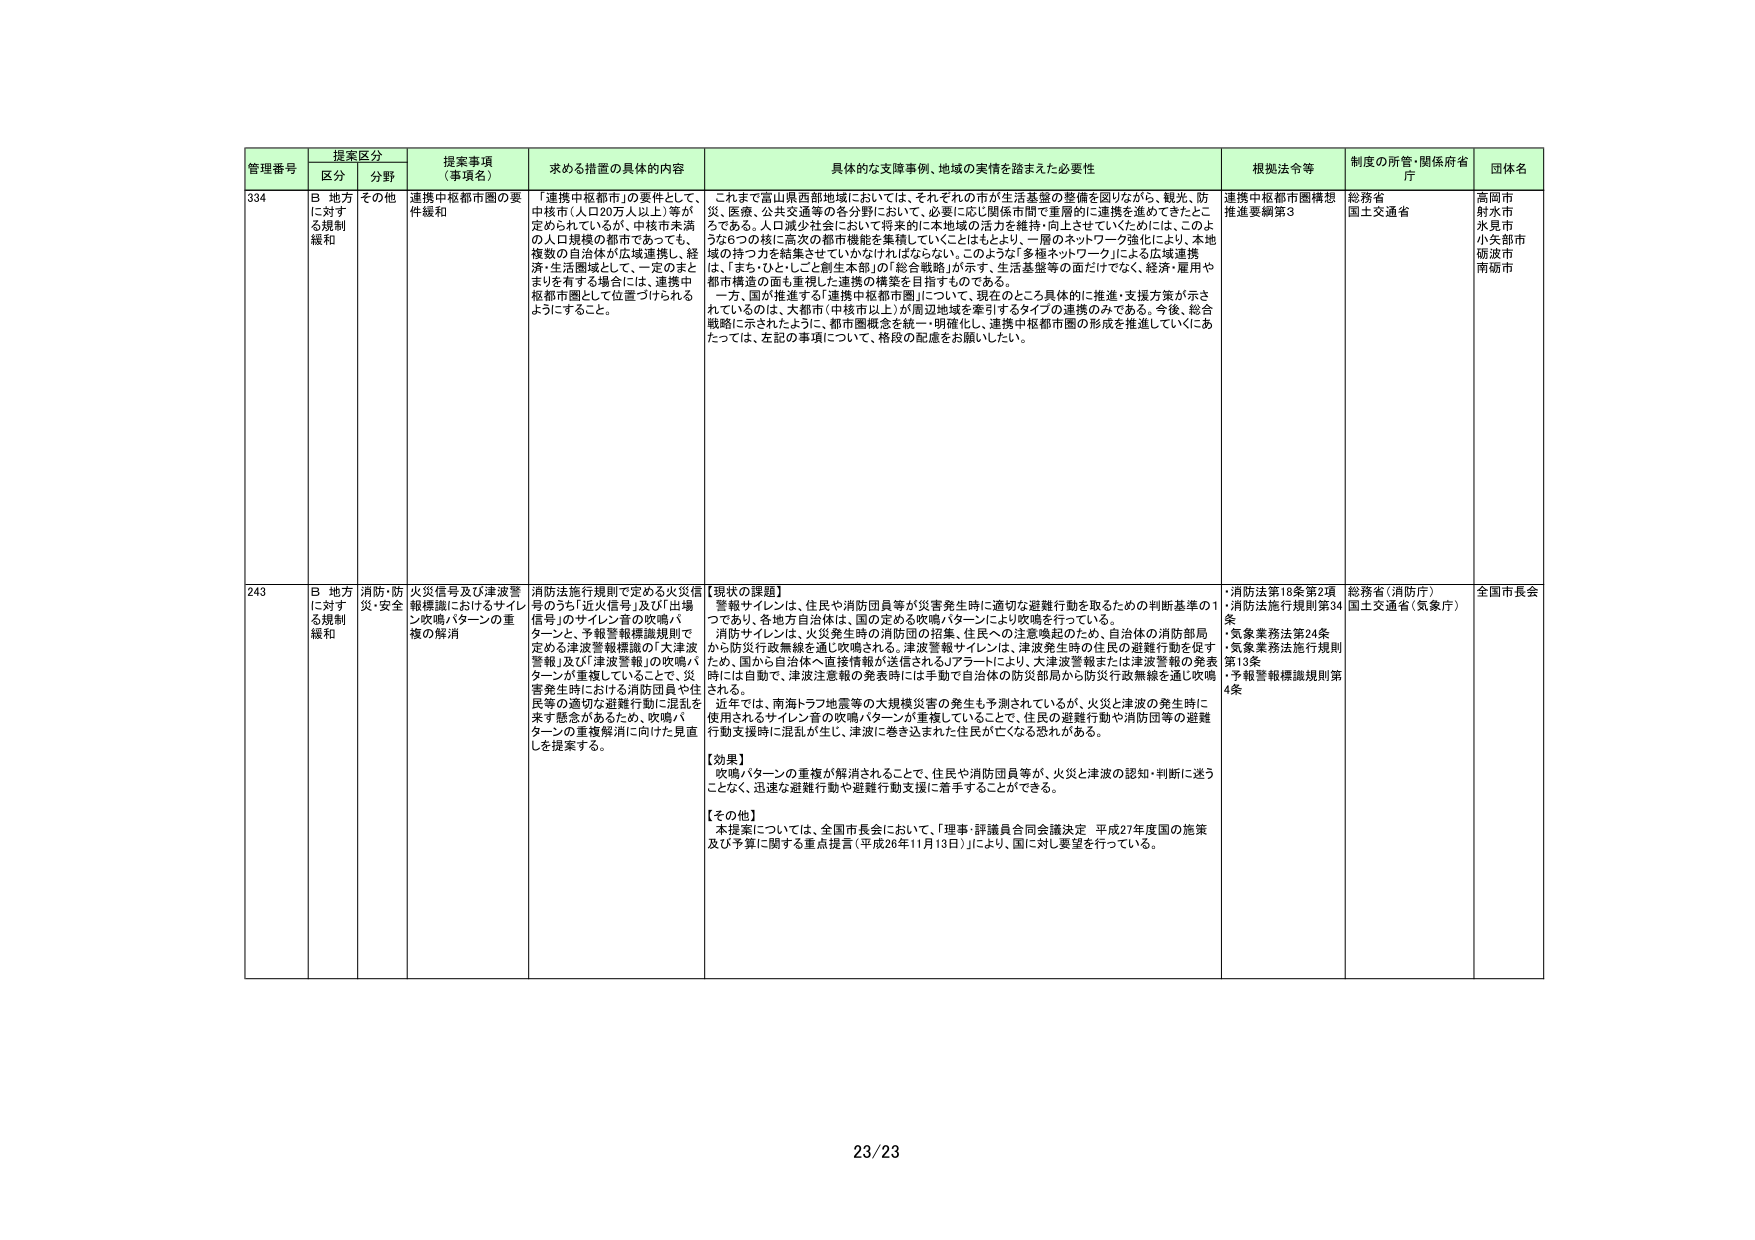
管理番号 提案区分 提案事項（事項名） 求める措置の具体的内容 具体的な支援事例、地域の実情を踏まえた必要性 根拠法令等 制度の所管・関係府省庁 団体名
区分 分野
334 B 地方に対する規制緩和 その他 連携中枢都市圏の要件緩和 「連携中枢都市圏」の要件として、中核市（人口20万人以上）等が定められているが、中核市未満の人口規模の都市であっても、複数の自治体が広域連携し、経済・生活圏域として、一定のまとまりを有する場合には、連携中枢都市圏として位置づけられるようにすること。 これまで富山県西部地域においては、それぞれの市が生活基盤の整備を図りながら、観光、防災、医療、公共交通等の各分野において、必要に応じ関係市間で重層的に連携を進めてきたところである。人口減少社会において将来的に本地域の活力を維持・向上させていくためには、このような6つの核に高次の都市機能を集積していくことはもとより、一層のネットワーク強化により、本地域の持つ力を結集させていかなければならない。このような「多極ネットワーク」による広域連携は、「まち・ひと・しごと創生本部」の「総合戦略」が示す、生活基盤等の面だけでなく、経済・雇用や都市構造の面も重視した連携の構築を目指すものである。一方、国が推進する「連携中枢都市圏」について、現在のところ具体的に推進・支援方策が示されているのは、大都市（中核市以上）が周辺地域を牽引するタイプの連携のみである。今後、総合戦略に示されたように、都市圏概念を統一・明確化し、連携中枢都市圏の形成を推進していくにあたっては、左記の事項について、格段の配慮をお願いしたい。 連携中枢都市圏構想推進要綱第3 総務省 国土交通省 高岡市 射水市 水見市 小矢部市 砺波市 南砺市
243 B 地方に対する規制緩和 消防・防災・安全 火災信号及び津波警報機識におけるサイレン吹鳴パターンの重複の解消 消防法施行規則で定める火災信号のうち「近火信号」及び「出場信号」のサイレン音の吹鳴パターンと、予報警報機識規則で定める津波警報機識の「大津波警報」及び「津波警報」の吹鳴パターンが重複していることで、災害発生時における消防団員や住民等の適切な避難行動に混乱を来す懸念があるため、吹鳴パターンの重複解消に向けた見直しを提案する。 【現状の課題】 警報サイレンは、住民や消防団員等が災害発生時に適切な避難行動を取るための判断基準の1つであり、各地方自治体は、国の定める吹鳴パターンにより吹鳴を行っている。消防サイレンは、火災発生時の消防団の招集、住民への注意喚起のため、自治体の消防部局から防災行政無線を通じ吹鳴される。津波警報サイレンは、津波発生時の住民の避難行動を促すため、国から自治体へ直接情報が送信されるJアラートにより、大津波警報または津波警報の発表時には自動で、津波注意報の発表時には手動で自治体の防災部局から防災行政無線を通じ吹鳴される。近年では、南海トラフ地震等の大規模災害の発生も予測されているが、火災と津波の発生時に使用されるサイレン音の吹鳴パターンが重複していることで、住民の避難行動や消防団等の避難行動支援時に混乱が生じ、津波に巻き込まれた住民が亡くなる恐れがある。 【効果】 吹鳴パターンの重複が解消されることで、住民や消防団員等が、火災と津波の認知・判断に迷うことなく、迅速な避難行動や避難行動支援に着手することができる。 【その他】 本提案については、全国市長会において、「理事・評議員合同会議決定 平成27年度国の施策及び予算に関する重点提言（平成26年11月13日）」により、国に対し要望を行っている。 ・消防法第18条第2項 ・消防法施行規則第34条 ・気象業務法第24条 ・気象業務法施行規則第13条 ・予報警報機識規則第4条 総務省（消防庁） 国土交通省（気象庁） 全国市長会
23/23